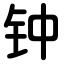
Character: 钟